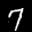
Label: 7